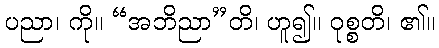
ပညာ၊ ကို။ “အဘိညာ”တိ၊ ဟူ၍။ ဝုစ္စတိ၊ ၏။